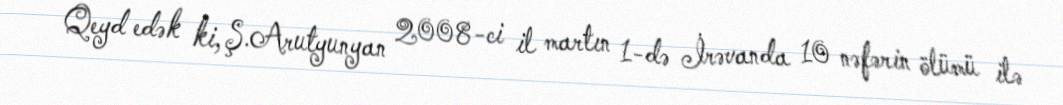
Qeyd edək ki, Ş.Arutyunyan 2008-ci il martın 1-də İrəvanda 10 nəfərin ölümü ilə